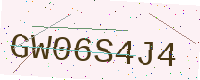
Text: GW06S4J4